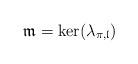
LaTeX: \begin{align*}\mathfrak{m}=\ker( \lambda_{\pi,\mathfrak{l}} )\end{align*}